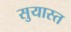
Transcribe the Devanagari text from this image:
सुयास्त